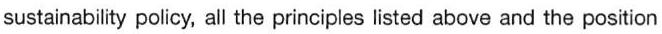
sustainability policy, all the principles listed above and the position